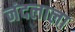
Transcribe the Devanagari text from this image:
नंदलाला